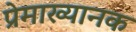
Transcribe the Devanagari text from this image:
प्रेमाख्यानक